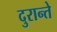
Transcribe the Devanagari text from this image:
दुरान्ते